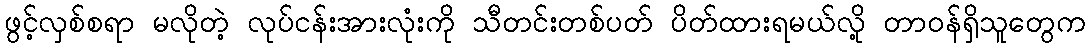
ဖွင့်လှစ်စရာ မလိုတဲ့ လုပ်ငန်းအားလုံးကို သီတင်းတစ်ပတ် ပိတ်ထားရမယ်လို့ တာဝန်ရှိသူတွေက